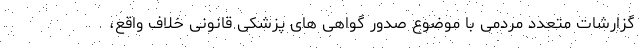
گزارشات متعدد مردمی با موضوع صدور گواهی های پزشکی قانونی خلاف ‌واقع،